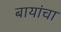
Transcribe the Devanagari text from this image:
बायांचा